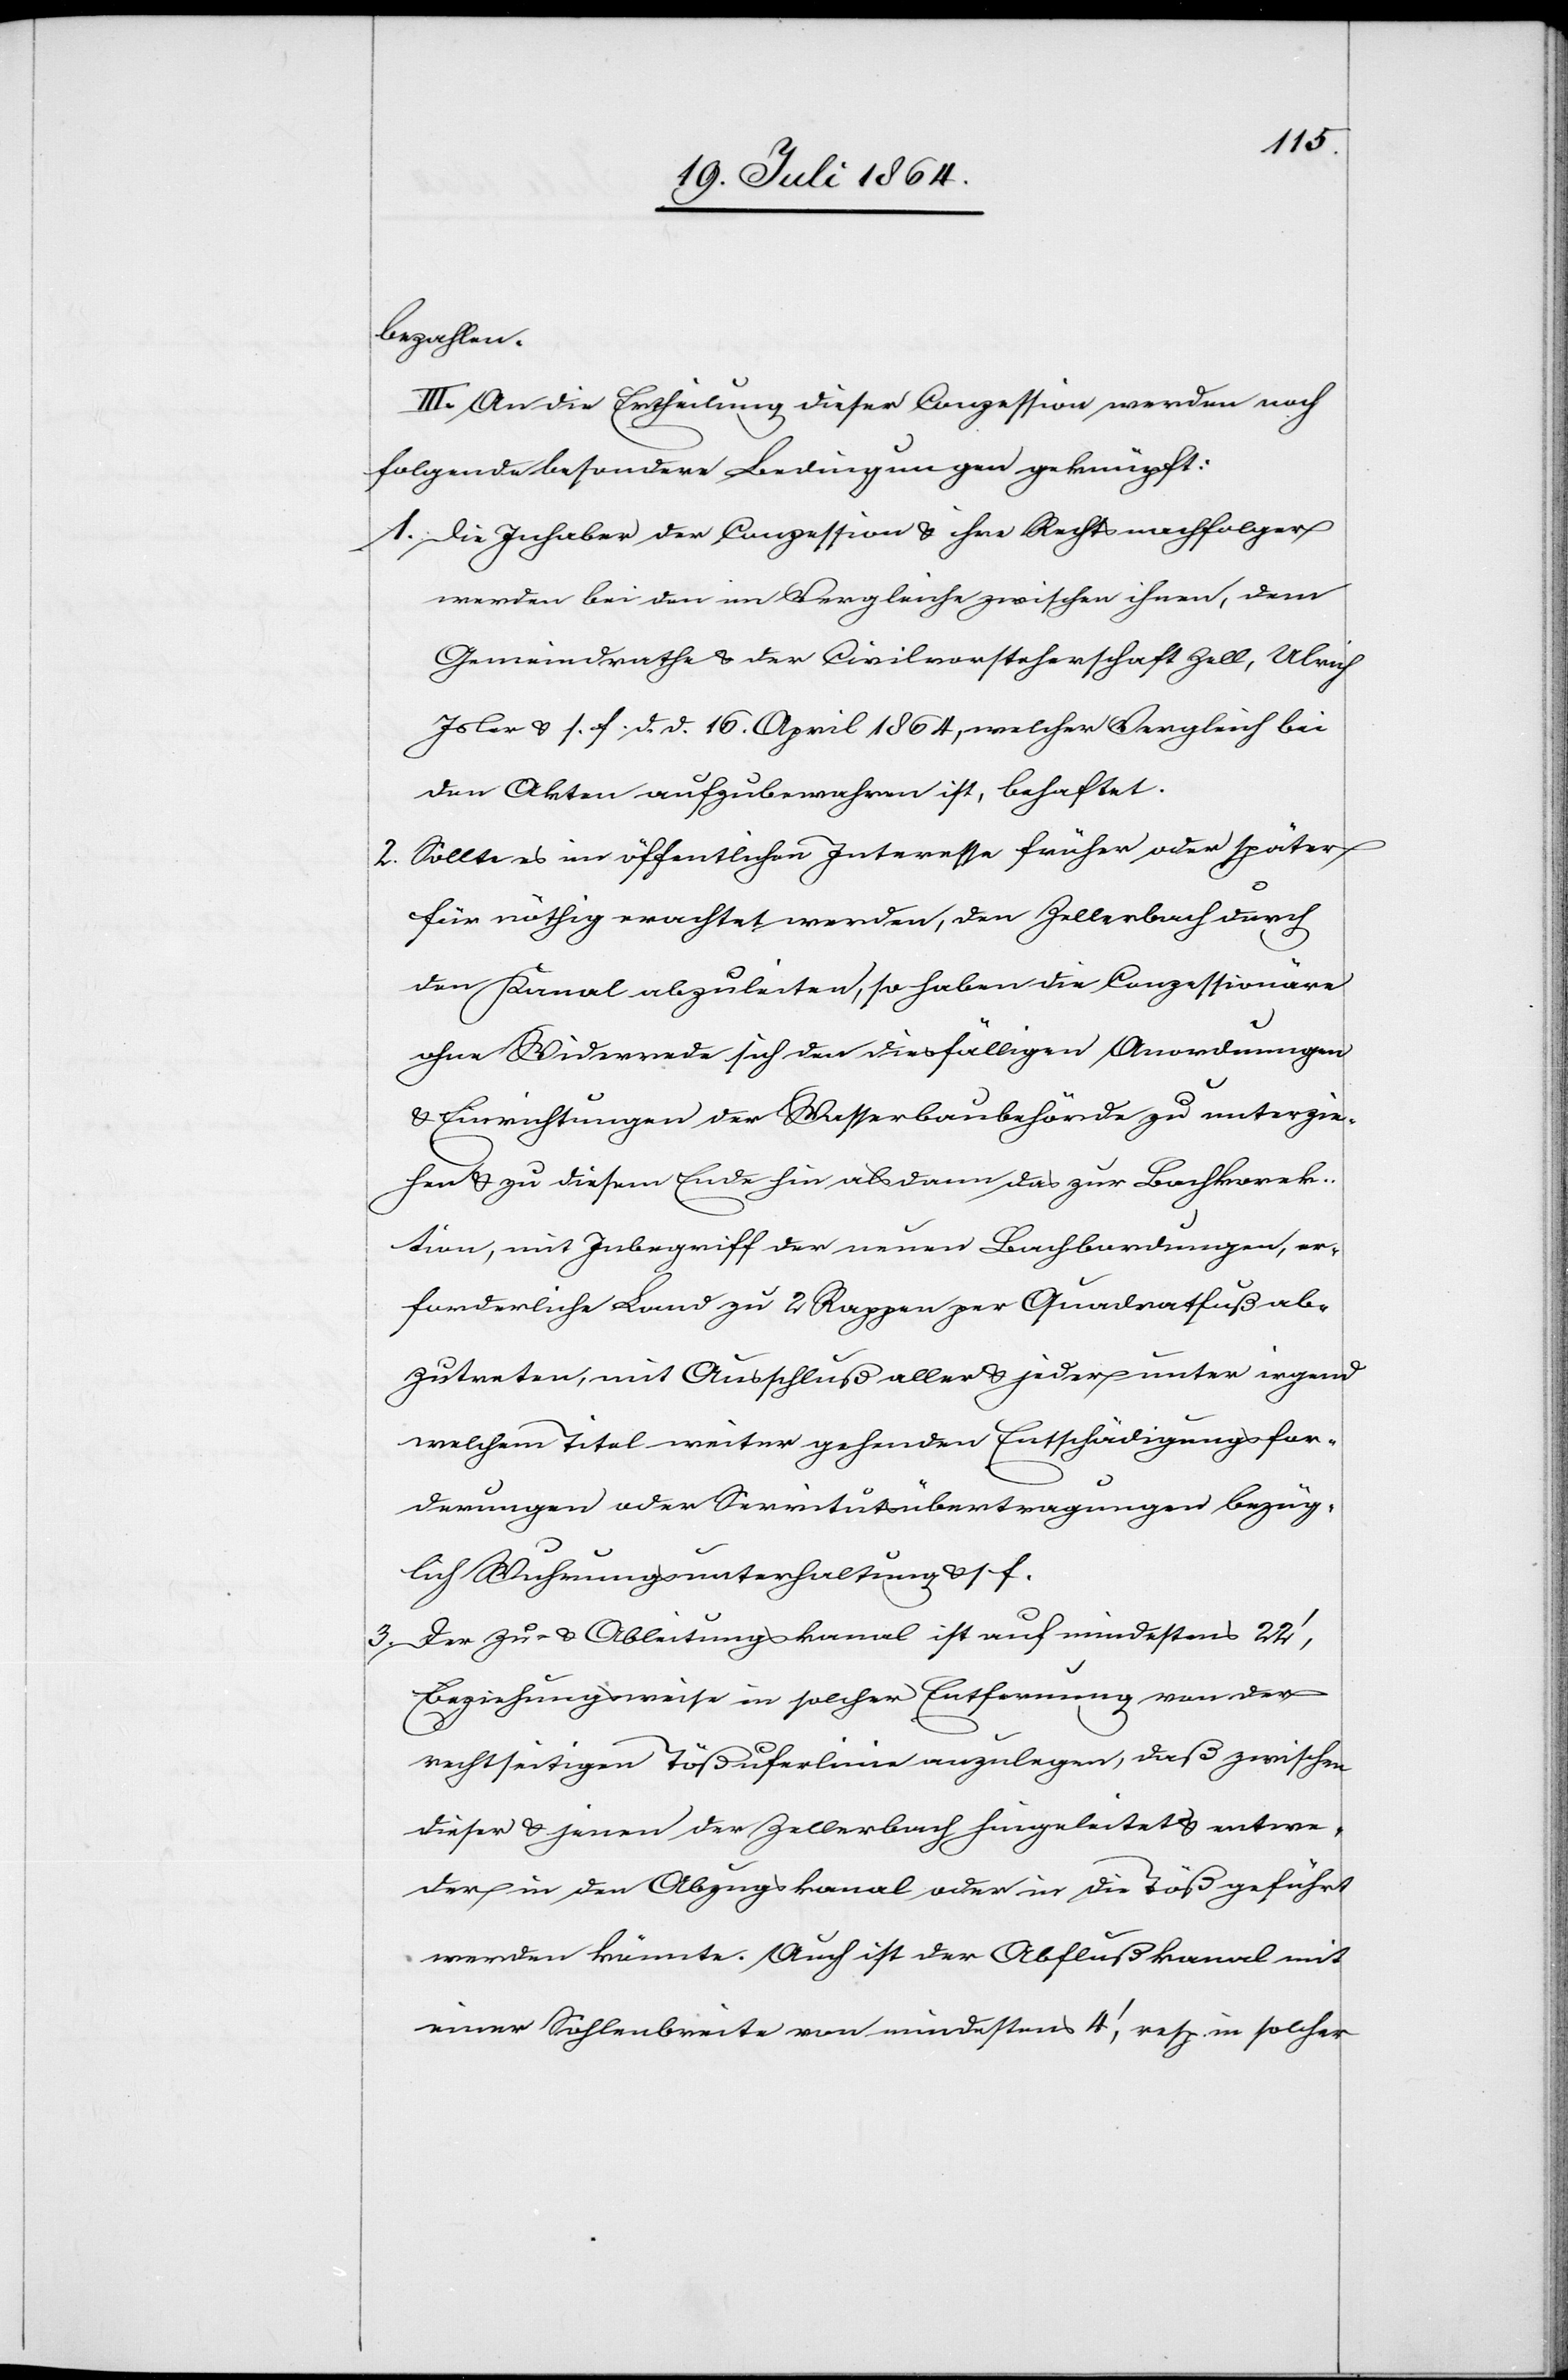
3.

bezahlen.
III. An die Ertheilung dieser Conzession werden noch
folgende besondere Bedingungen geknüpft:
1. Die Inhaber der Conzession u. ihre Rechtsnachfolger
werden bei den im Vergleiche zwischen ihnen, dem
Gemeindrathe u. der Civilvorsteherschaft Zell, Ulrich
Isler u. s. f. d. d. 16. April 1864, welcher Vergleich bei
den Akten aufzubewahren ist, behaftet.
2. Sollte es im öffentlichen Interesser früher oder später
für nöthig erachtet werden, den Zellerbach durch
den Kanal abzuleiten, so haben die Conzessionäre
ohne Widerrede sich den diesfälligen Anordnungen
u. Einrichtungen der Wasserbaubehörde zu unterzie¬
hen u. zu diesem Ende hin alsdann das zur Bachkorek¬
tion, mit Inbegriff der neuen Bachbordungen, er¬
forderliche Land zu 2 Rappen per Quadratfuß ab¬
zutreten, mit Ausschluß aller u. jeder unter irgend
welchen Titel weiter gehenden Entschädigungsfor¬
derungen oder Servitutsübertragungen bezüg¬
lich Wuhrungsunterhaltung u. s. f.
Der Zu- u. Ableitungskanal ist auf mindestens 22’,
beziehungsweise in solcher Entfernung von der
rechtseitigen Tößuferlinie anzulegen, daß zwischen
dieser u. jenen der Zellerbach hingeleitet u. entwe¬
der in den Abzugskanal oder in die Töß geführt
werden könnte. Auch ist der Abflußkanal mit
einer Sohlenbreite von mindestens 4’, resp. in solcher